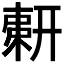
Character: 𢍫